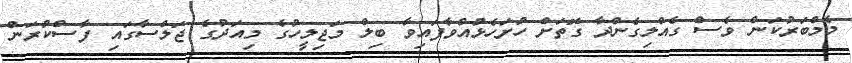
މެމްބަރުކަން ވެސް ގެއްލިގެންދާ ގޮތަށް ހުށަހެޅުއްވާފައިވާ ބިލް މަޖިލީހުގެ މިއަދުގެ ޖަލްސާގައި ފާސްކުރަން